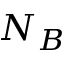
N _ { B }